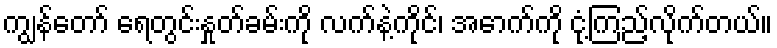
ကျွန်တော် ရေတွင်းနှုတ်ခမ်းကို လက်နဲ့ကိုင်၊ အောက်ကို ငုံ့ကြည့်လိုက်တယ်။